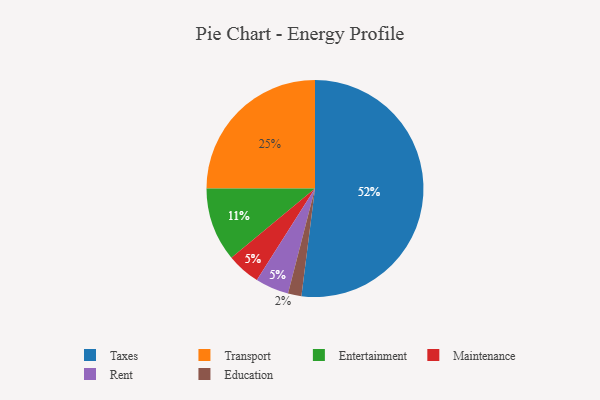
{"axis": {"x": "Category", "y": "Percentage"}, "legend": ["Education", "Entertainment", "Maintenance", "Rent", "Taxes", "Transport"], "data": [{"x": "Maintenance", "y": 5, "type": "Maintenance"}, {"x": "Taxes", "y": 52, "type": "Taxes"}, {"x": "Education", "y": 2, "type": "Education"}, {"x": "Entertainment", "y": 11, "type": "Entertainment"}, {"x": "Rent", "y": 5, "type": "Rent"}, {"x": "Transport", "y": 25, "type": "Transport"}]}